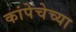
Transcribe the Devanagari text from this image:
कांपेचेच्या